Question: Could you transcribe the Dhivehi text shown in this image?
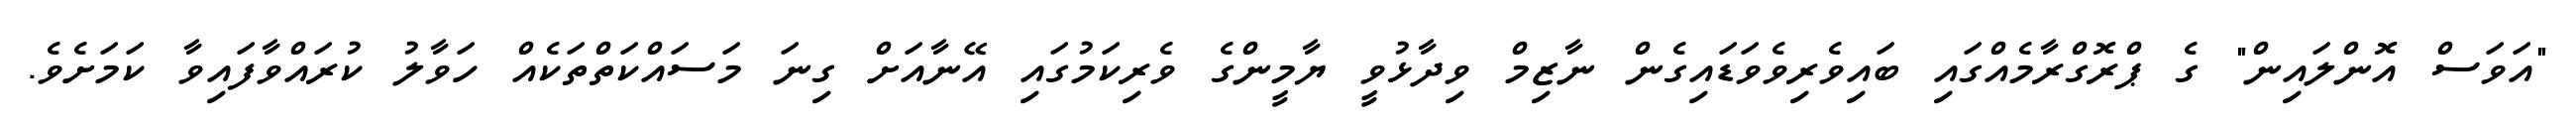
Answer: "އަވަސް އޮންލައިން" ގެ ޕްރޮގްރާމެއްގައި ބައިވެރިވެވަޑައިގެން ނާޒިމް ވިދާޅުވީ ޔާމީންގެ ވެރިކަމުގައި އޭނާއަށް ގިނަ މަސައްކަތްތަކެއް ހަވާލު ކުރައްވާފައިވާ ކަމަށެވެ.